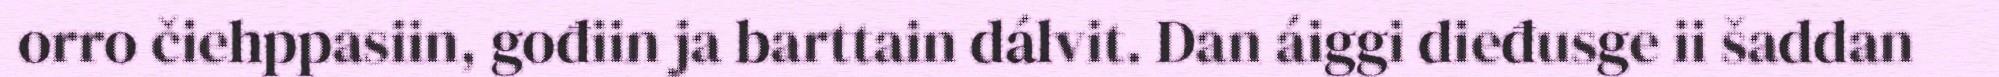
orro čiehppasiin, gođiin ja barttain dálvit. Dan áiggi dieđusge ii šaddan